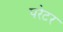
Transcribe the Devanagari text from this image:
परेटर